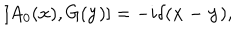
LaTeX: [ A _ { 0 } ( { \bf x } ) , G ( { \bf y } ) ] = - i \delta ( { \bf x - y } ) ,